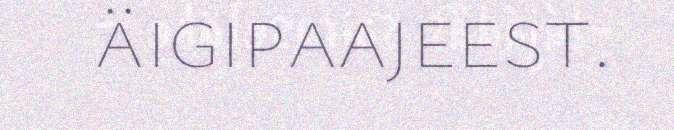
äigipaajeest.